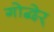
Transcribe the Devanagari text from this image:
गोद्बेर्